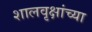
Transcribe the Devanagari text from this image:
शालवृक्षांच्या